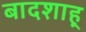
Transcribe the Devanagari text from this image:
बादशाह्